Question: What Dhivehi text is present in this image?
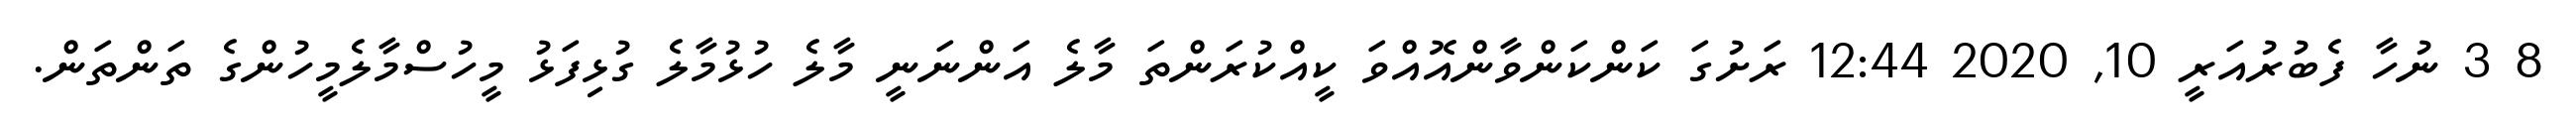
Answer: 8 3 ނުހާ ފެބުރުއަރީ 10, 2020 12:44 ރަށުގަ ކަންކަންވާންއޮއްވަ ކީއްކުރަންތަ މާލެ އަންނަނީ މާލެ ހުޅުމާލެ ގުޅިފަޅު މީހުސްމާލެމީހުންގެ ތަންތަން.